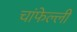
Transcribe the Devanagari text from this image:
चांफेल्ली